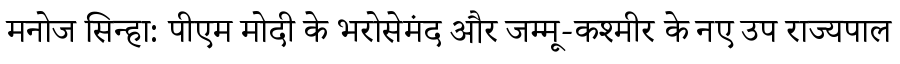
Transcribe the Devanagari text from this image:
मनोज सिन्हा: पीएम मोदी के भरोसेमंद और जम्मू-कश्मीर के नए उप राज्यपाल